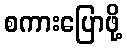
စကားပြောဖို့